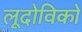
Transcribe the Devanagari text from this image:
लूदोविको